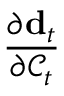
\frac { \partial \mathbf { d } _ { t } } { \partial \mathcal { C } _ { t } }